Annual report on the working of the lock hospitals in the Central Provinces
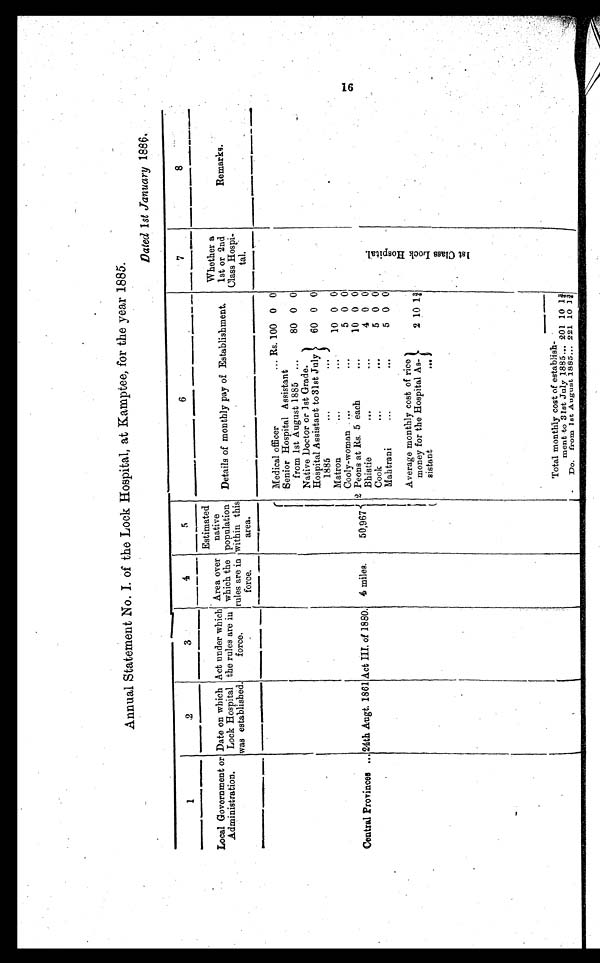
Annual Statement No. I. of the Lock Hospital, at Kamptee, for the year 1885.
Dated 1st January 1886.
1
2
3
4
5
6
7
8
Local Government or
Administration.
Date on which
Lock Hospital
was established.
Act under which
the rules are in
force.
Area over
which the
rules are in
force.
Estimated
native
population
within this
area.
Details of monthly pay of Establishment.
Whether a
1st or 2nd
Class Hospi-
tal.
Remarks.
Central Provinces ... 24th Augt. 1861 Act III. of 1880. 4 miles.
50, 967 Medical officer
... Rs. 100 0 0
1 s t C l a s s L o c k H o s p i t a l .
0
Senior Hospital Assistant
from 1st August 1885 ...
80 0
Native Doctor or 1st Grade.
Hospital Assistant to 31st July
60
1885
...
...
0 0
0 0
Matron
...
...
10
Cooly-woman ...
. . .
5 0 0
0
2 Peons at Rs. 5 each
...
10 0
Bhistie
,..
...
4 0 0
0 0
Cook
...
. . .
5
0
0
Mahtrani
...
...
5
11
Average monthly cost of rice
money for the Hospital As-
2
sistant
...
10
Total monthly cost of establish-
ment to 31st July 1885... 201 10
1¾
Do. from 1st August 1885... 221 10 1¾
1 6